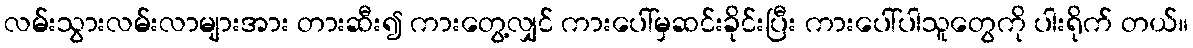
လမ်းသွားလမ်းလာများအား တားဆီး၍ ကားတွေ့လျှင် ကားပေါ်မှဆင်းခိုင်းပြီး ကားပေါ်ပါသူတွေကို ပါးရိုက် တယ်။